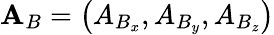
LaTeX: \mathbf{A}_{B}=\left(A_{B_{x}},A_{B_{y}},A_{B_{z}}\right)